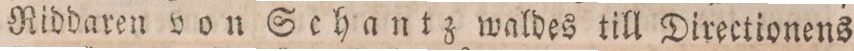
Riddaren von Schantz waldes till Directionens